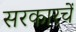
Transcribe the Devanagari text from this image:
सरकारचें